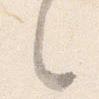
々